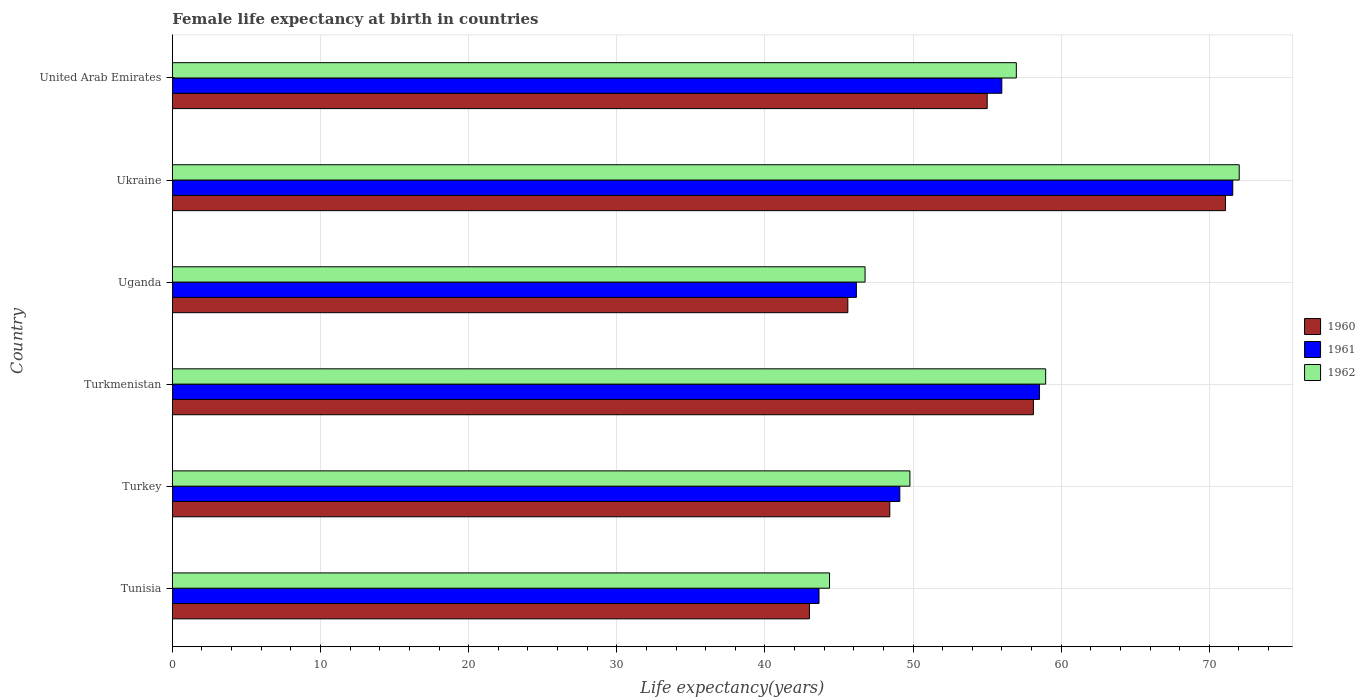
| Country | 1960 | 1961 | 1962 |
 | --- | --- | --- | --- |
 | Tunisia | 43 | 43.7 | 44.4 |
 | Turkey | 48.4 | 49.1 | 49.8 |
 | Turkmenistan | 58.1 | 58.5 | 59 |
 | Uganda | 45.6 | 46.2 | 46.8 |
 | Ukraine | 71.1 | 71.6 | 72 |
 | United Arab Emirates | 55 | 56 | 57 |